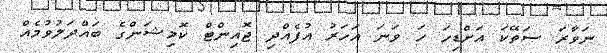
ނަވާރަ ސަތޭކަ އަށްޑިހަ ހަ ވަނަ އަހަރު އުފެއްދި ޖޮއިންޓް ކޮމިޝަންގެ ބައްދަލުވުމެއް